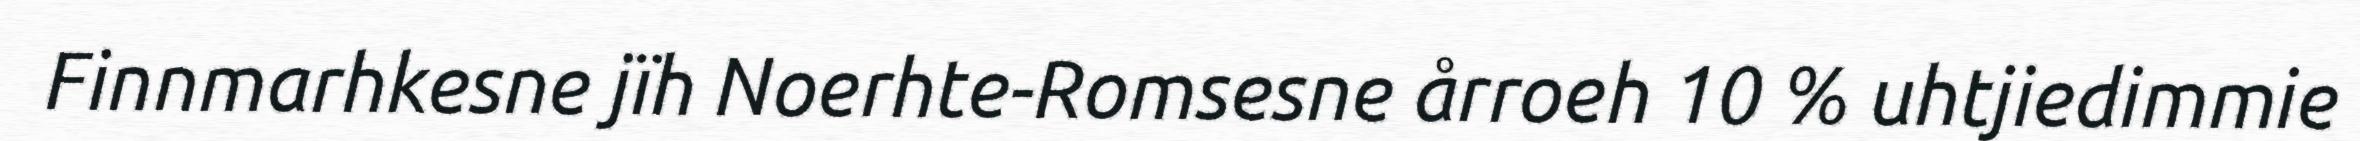
Finnmarhkesne jïh Noerhte-Romsesne årroeh 10 % uhtjiedimmie